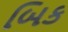
બિક